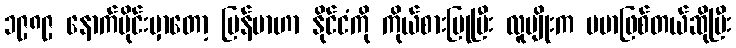
၁၉၈၉ နောက်ပိုင်းမှာတော့ မြန်မာဟာ နိုင်ငံကို ကိုယ်စားပြုပြီး လူမျိုးက ဗမာဖြစ်တယ်ဆိုပြီး